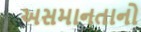
અસમાનતાનો